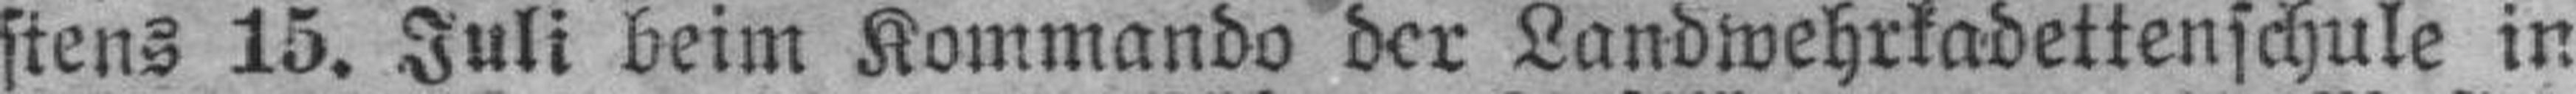
stens 15. Juli beim Kommando der Landwehrkadettenschule in